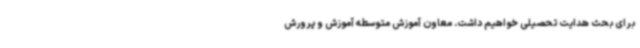
برای بحث هدایت تحصیلی خواهیم داشت. معاون آموزش متوسطه آموزش و پرورش